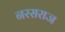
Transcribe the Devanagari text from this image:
नरसराज